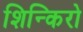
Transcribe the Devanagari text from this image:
शिन्किरो